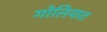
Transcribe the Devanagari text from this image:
गोलियात